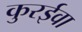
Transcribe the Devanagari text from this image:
कुरईवा